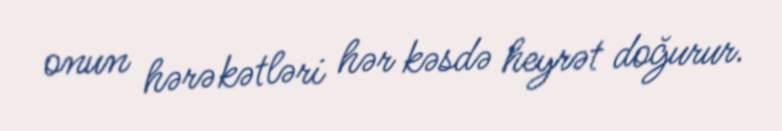
onun hərəkətləri hər kəsdə heyrət doğurur.